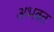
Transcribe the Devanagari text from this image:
अभक्‍त